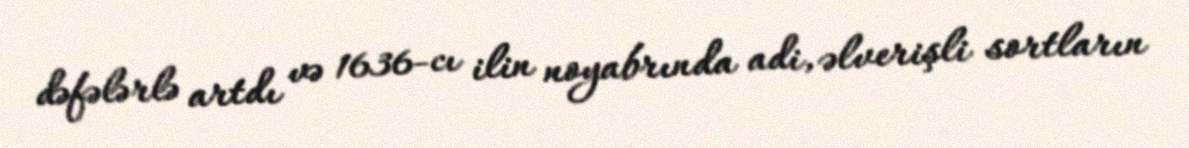
dəfələrlə artdı və 1636-cı ilin noyabrında adi, əlverişli sortların